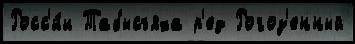
Росс'и́и Табысъяха р'ед Рогоз'енный